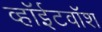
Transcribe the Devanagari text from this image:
व्हॉईटवॉश